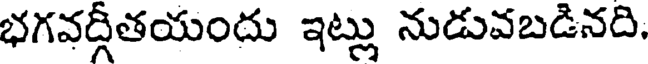
భగవద్గీతయందు ఇట్లు నుడువబడినది.